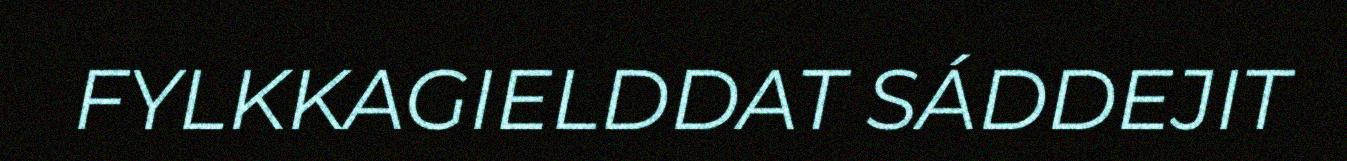
FYLKKAGIELDDAT SÁDDEJIT